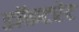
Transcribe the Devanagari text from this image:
डॉकटरेट